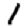
Digit: 1